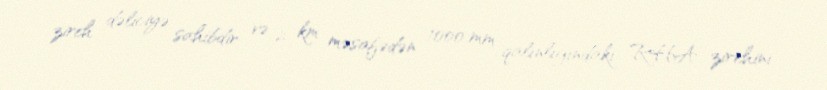
zireh dəliciyə sahibdir və 2 km məsafədən 1000 mm qalınlığındakı RHA zirehini